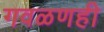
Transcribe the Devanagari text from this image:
गवळणही